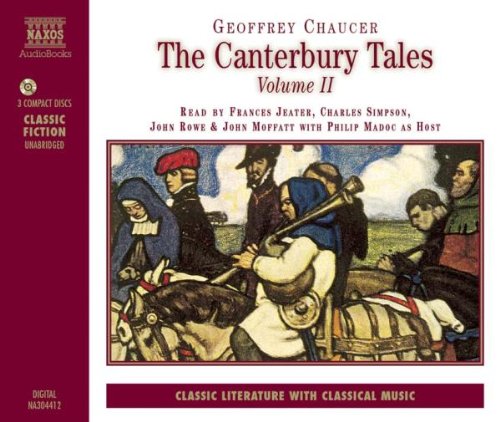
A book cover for Canterbury Tales - Volume II (Classic Literature With Classical Music. Classic Fiction); Geoffrey Chaucer; Romance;